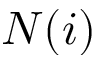
N ( i )